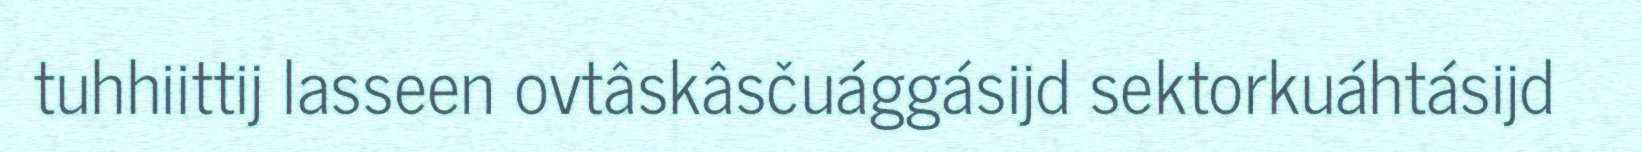
tuhhiittij lasseen ovtâskâsčuággásijd sektorkuáhtásijd